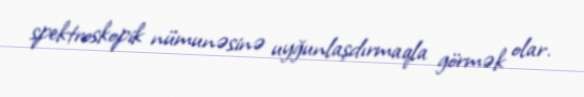
spektroskopik nümunəsinə uyğunlaşdırmaqla görmək olar.